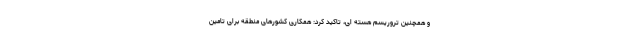
و همچنین تروریسم هسته ای، تاکید کرد: همکاری کشورهای منطقه برای تامین